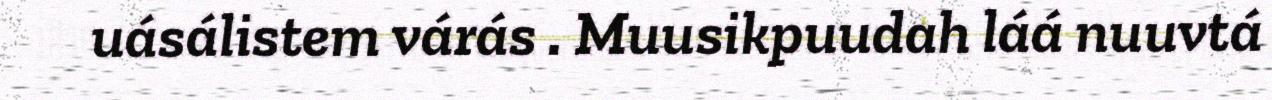
uásálistem várás . Muusikpuudah láá nuuvtá